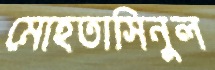
মোহতাসিনুল